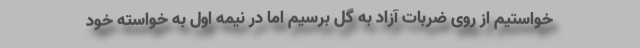
خواستیم از روی ضربات آزاد به گل برسیم اما در نیمه اول به خواسته خود